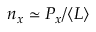
n _ { x } \simeq P _ { x } / \langle L \rangle